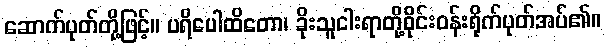
ဆောက်ပုတ်တို့ဖြင့်။ ပရိပေါထိတော၊ ခိုးသူငါးရာတို့ဝိုင်းဝန်းရိုက်ပုတ်အပ်၏။